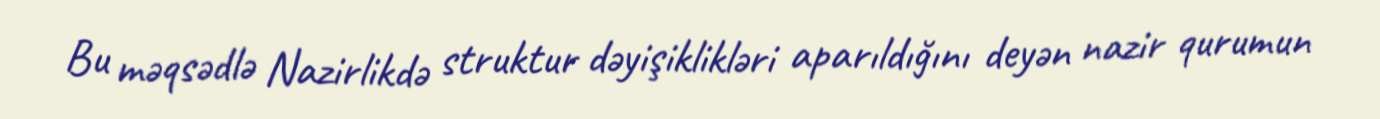
Bu məqsədlə Nazirlikdə struktur dəyişiklikləri aparıldığını deyən nazir qurumun